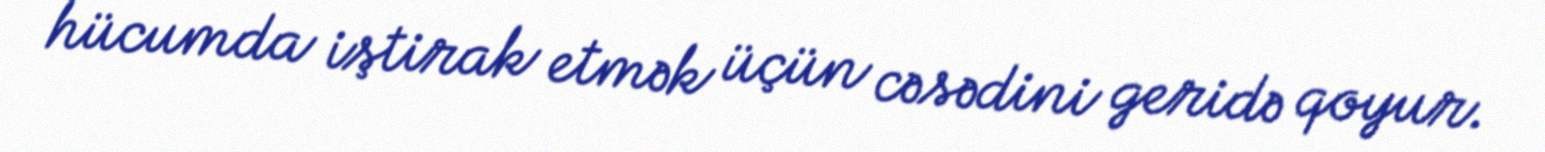
hücumda iştirak etmək üçün cəsədini geridə qoyur.